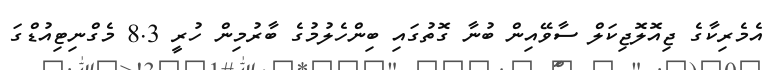
އެމެރިކާގެ ޖިއޮލޮޖިކަލް ސާވޭއިން ބުނާ ގޮތުގައި ބިންހެލުމުގެ ބާރުމިން ހުރީ 8.3 މެގްނިޓިއުޑްގަ